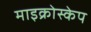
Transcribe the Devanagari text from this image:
माइक्रोस्केप